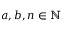
a , b , n \in \mathbb { N }